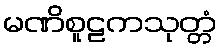
မဏိစူဠကသုတ္တံ